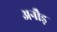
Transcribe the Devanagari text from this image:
अनौड़